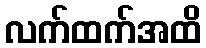
လက်ထက်အထိ